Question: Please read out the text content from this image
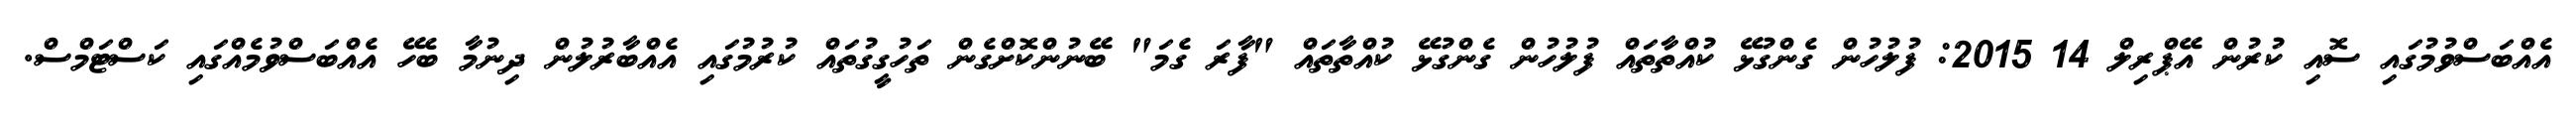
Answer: އެއްބަސްވުމުގައި ސޮއި ކުރުން އޭޕްރިލް 14 2015: ފުލުހުން ގެންގުޅޭ ކުއްތާތައް ފުލުހުން ގެންގުޅޭ ކުއްތާތައް "ފާރަ ގެމަ" ބޭނުންކޮށްގެން ތަހުގީގުތައް ކުރުމުގައި އެއްބާރުލުން ދިނުމާ ބެހޭ އެއްބަސްވުމެއްގައި ކަސްޓަމްސް.